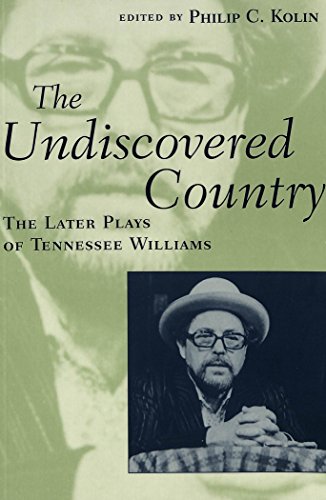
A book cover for The Undiscovered Country: The Later Plays of Tennessee Williams; Humor & Entertainment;